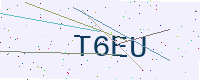
Text: T6EU